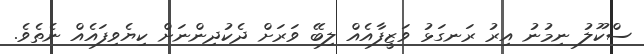
ސްކޫލު ނިމުނު އިރު ރަނގަޅު ވަޒީފާއެއް ލިބޭ ވަރަށް ދެކުދިންނަށް ކިޔެވިފައެއް ނެތެވެ.